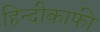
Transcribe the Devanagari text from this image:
हिन्दीकाफी